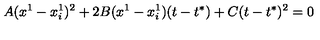
A ( x ^ { 1 } - x _ { i } ^ { 1 } ) ^ { 2 } + 2 B ( x ^ { 1 } - x _ { i } ^ { 1 } ) ( t - t ^ { * } ) + C ( t - t ^ { * } ) ^ { 2 } = 0